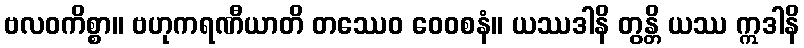
ဗလဝကိစ္စာ။ ဗဟုကရဏီယာတိ တဿေဝ ဝေဝစနံ။ ယဿဒါနိ တွန္တိ ယဿ ဣဒါနိ